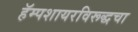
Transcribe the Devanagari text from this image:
हॅम्पशायरविरूद्धचा